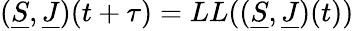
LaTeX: (\underline{{{S}}},\underline{{{J}}})(t+\tau)=LL((\underline{{{S}}},\underline{{{J}}})(t))